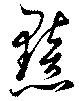
黯